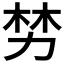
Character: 𫦯